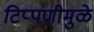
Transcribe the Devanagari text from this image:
टिप्पणीमुळे